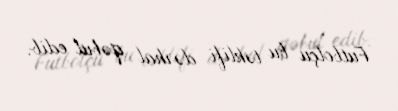
Futbolçu bu təklifi dərhal qəbul edib.